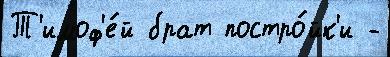
Т'имоф'е́й брат постро́йк'и -